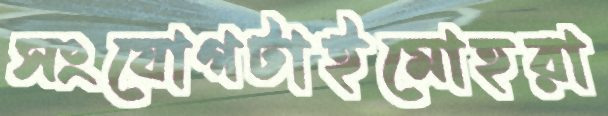
সংযোগটাইমোহরা